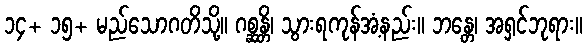
၁၄+ ၁၅+ မည်သောဂတိသို့။ ဂစ္ဆန္တိ၊ သွားရကုန်အံ့နည်း။ ဘန္တေ၊ အရှင်ဘုရား။